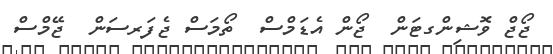
ޖޯޖް ވޮޝިންގޓަން  ޖޯން އެޑަމްސް  ތޯމަސް ޖެފަރސަން  ޖޭމްސް